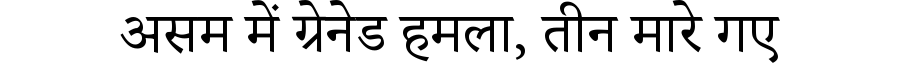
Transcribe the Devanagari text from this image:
असम में ग्रेनेड हमला, तीन मारे गए